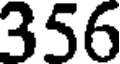
356